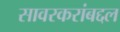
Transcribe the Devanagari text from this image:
सावरकरांबद्दल